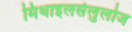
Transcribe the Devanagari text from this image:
मिथाइलसेलुलोज